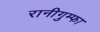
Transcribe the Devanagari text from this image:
रानीगुम्फा